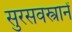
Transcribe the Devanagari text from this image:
सुरसवस्त्रानें